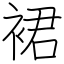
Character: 裙